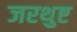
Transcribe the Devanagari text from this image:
जरथुष्ट